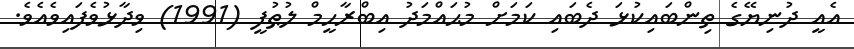
އެއީ ދުނިޔޭގެ ތިންބައިކުޅަ ދެބައި ކަމަށް މުޙައްމަދު އިބްރާހީމް ލުޠުފީ (1991) ވިދާޅުވެފައިވެއެވެ.